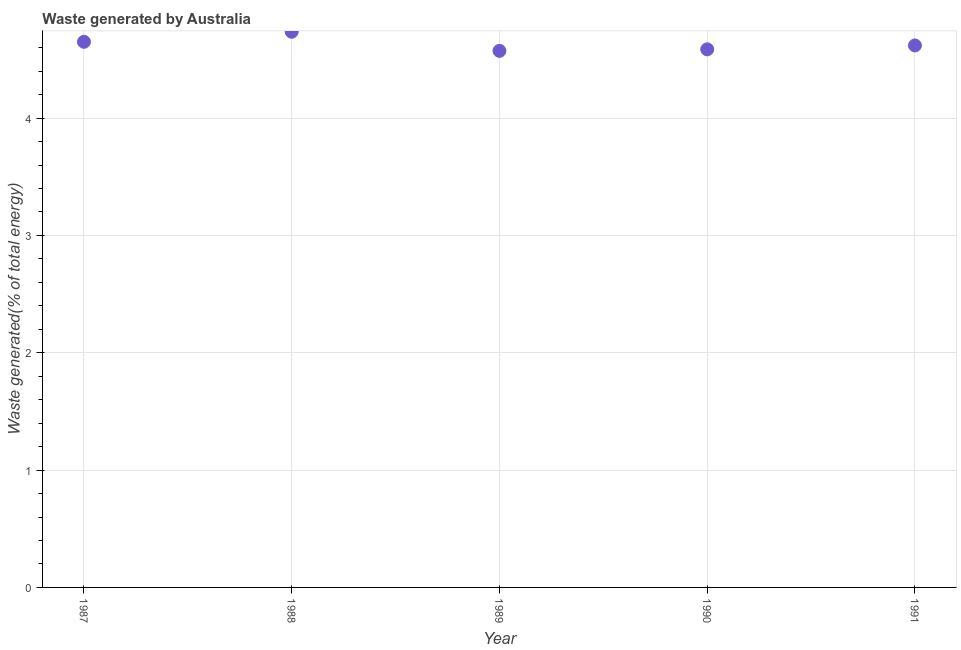
| Year | Combustible renewables and waste (% of total energy) |
 | --- | --- |
 | 1987 | 4.65 |
 | 1988 | 4.74 |
 | 1989 | 4.57 |
 | 1990 | 4.59 |
 | 1991 | 4.62 |